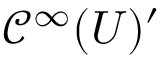
{ \mathcal { C } } ^ { \infty } ( U ) ^ { \prime }